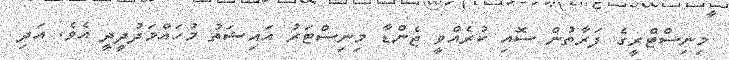
މިނިސްޓްރީގެ ފަރާތުން ސޮއި ކުރެއްވީ ޖެންޑާ މިނިސްޓަރު އައިޝަތު މުހައްމަދުދީދީ އެވެ. އަދި